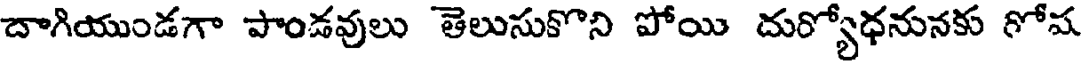
దాగియుండగా పాండవులు తెలుసుకొని పోయి దుర్యోధనునకు గోష